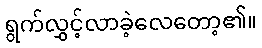
ရွက်လွှင့်လာခဲ့လေတော့၏။